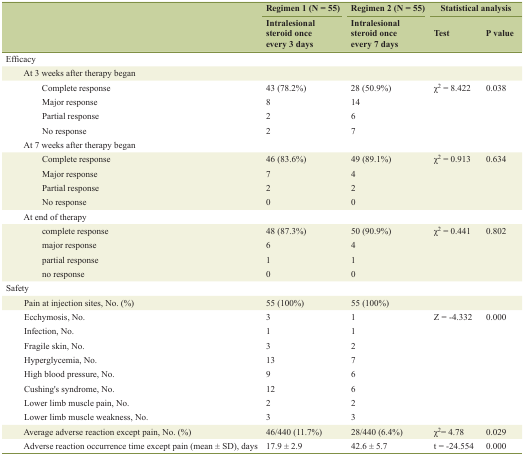
<table><thead><tr><td rowspan="2"></td><td><b>Regimen 1 (N = 55)</b></td><td><b>Regimen 2 (N = 55)</b></td><td colspan="2"><b>Statistical analysis</b></td></tr><tr><td><b>Intralesional steroid once every 3 days</b></td><td><b>Intralesional steroid once every 7 days</b></td><td><b>Test</b></td><td><b>P value</b></td></tr></thead><tbody><tr><td>Efficacy</td><td></td><td></td><td></td><td></td></tr><tr><td>At 3 weeks after therapy began</td><td></td><td></td><td></td><td></td></tr><tr><td>Complete response</td><td>43 (78.2%)</td><td>28 (50.9%)</td><td rowspan="4">χ<sup>2</sup> = 8.422</td><td rowspan="4">0.038</td></tr><tr><td>Major response</td><td>8</td><td>14</td></tr><tr><td>Partial response</td><td>2</td><td>6</td></tr><tr><td>No response</td><td>2</td><td>7</td></tr><tr><td>At 7 weeks after therapy began</td><td></td><td></td><td></td><td></td></tr><tr><td>Complete response</td><td>46 (83.6%)</td><td>49 (89.1%)</td><td rowspan="4">χ<sup>2</sup> = 0.913</td><td rowspan="4">0.634</td></tr><tr><td>Major response</td><td>7</td><td>4</td></tr><tr><td>Partial response</td><td>2</td><td>2</td></tr><tr><td>No response</td><td>0</td><td>0</td></tr><tr><td>At end of therapy</td><td></td><td></td><td></td><td></td></tr><tr><td>complete response</td><td>48 (87.3%)</td><td>50 (90.9%)</td><td rowspan="4">χ<sup>2</sup> = 0.441</td><td rowspan="4">0.802</td></tr><tr><td>major response</td><td>6</td><td>4</td></tr><tr><td>partial response</td><td>1</td><td>1</td></tr><tr><td>no response</td><td>0</td><td>0</td></tr><tr><td>Safety</td><td></td><td></td><td></td><td></td></tr><tr><td>Pain at injection sites, No. (%)</td><td>55 (100%)</td><td>55 (100%)</td><td></td><td></td></tr><tr><td>Ecchymosis, No.</td><td>3</td><td>1</td><td rowspan="8">Z = -4.332</td><td rowspan="8">0.000</td></tr><tr><td>Infection, No.</td><td>1</td><td>1</td></tr><tr><td>Fragile skin, No.</td><td>3</td><td>2</td></tr><tr><td>Hyperglycemia, No.</td><td>13</td><td>7</td></tr><tr><td>High blood pressure, No.</td><td>9</td><td>6</td></tr><tr><td>Cushing&#x27;s syndrome, No.</td><td>12</td><td>6</td></tr><tr><td>Lower limb muscle pain, No.</td><td>2</td><td>2</td></tr><tr><td>Lower limb muscle weakness, No.</td><td>3</td><td>3</td></tr><tr><td>Average adverse reaction except pain, No. (%)</td><td>46/440 (11.7%)</td><td>28/440 (6.4%)</td><td>χ<sup>2</sup>= 4.78</td><td>0.029</td></tr><tr><td>Adverse reaction occurrence time except pain (mean ± SD), days</td><td>17.9 ± 2.9</td><td>42.6 ± 5.7</td><td>t = -24.554</td><td>0.000</td></tr></tbody></table>